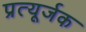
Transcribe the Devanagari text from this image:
प्रत्यूर्जक